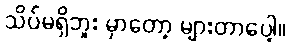
သိပ်မရှိဘူး မှာတော့ များတာပေါ့။